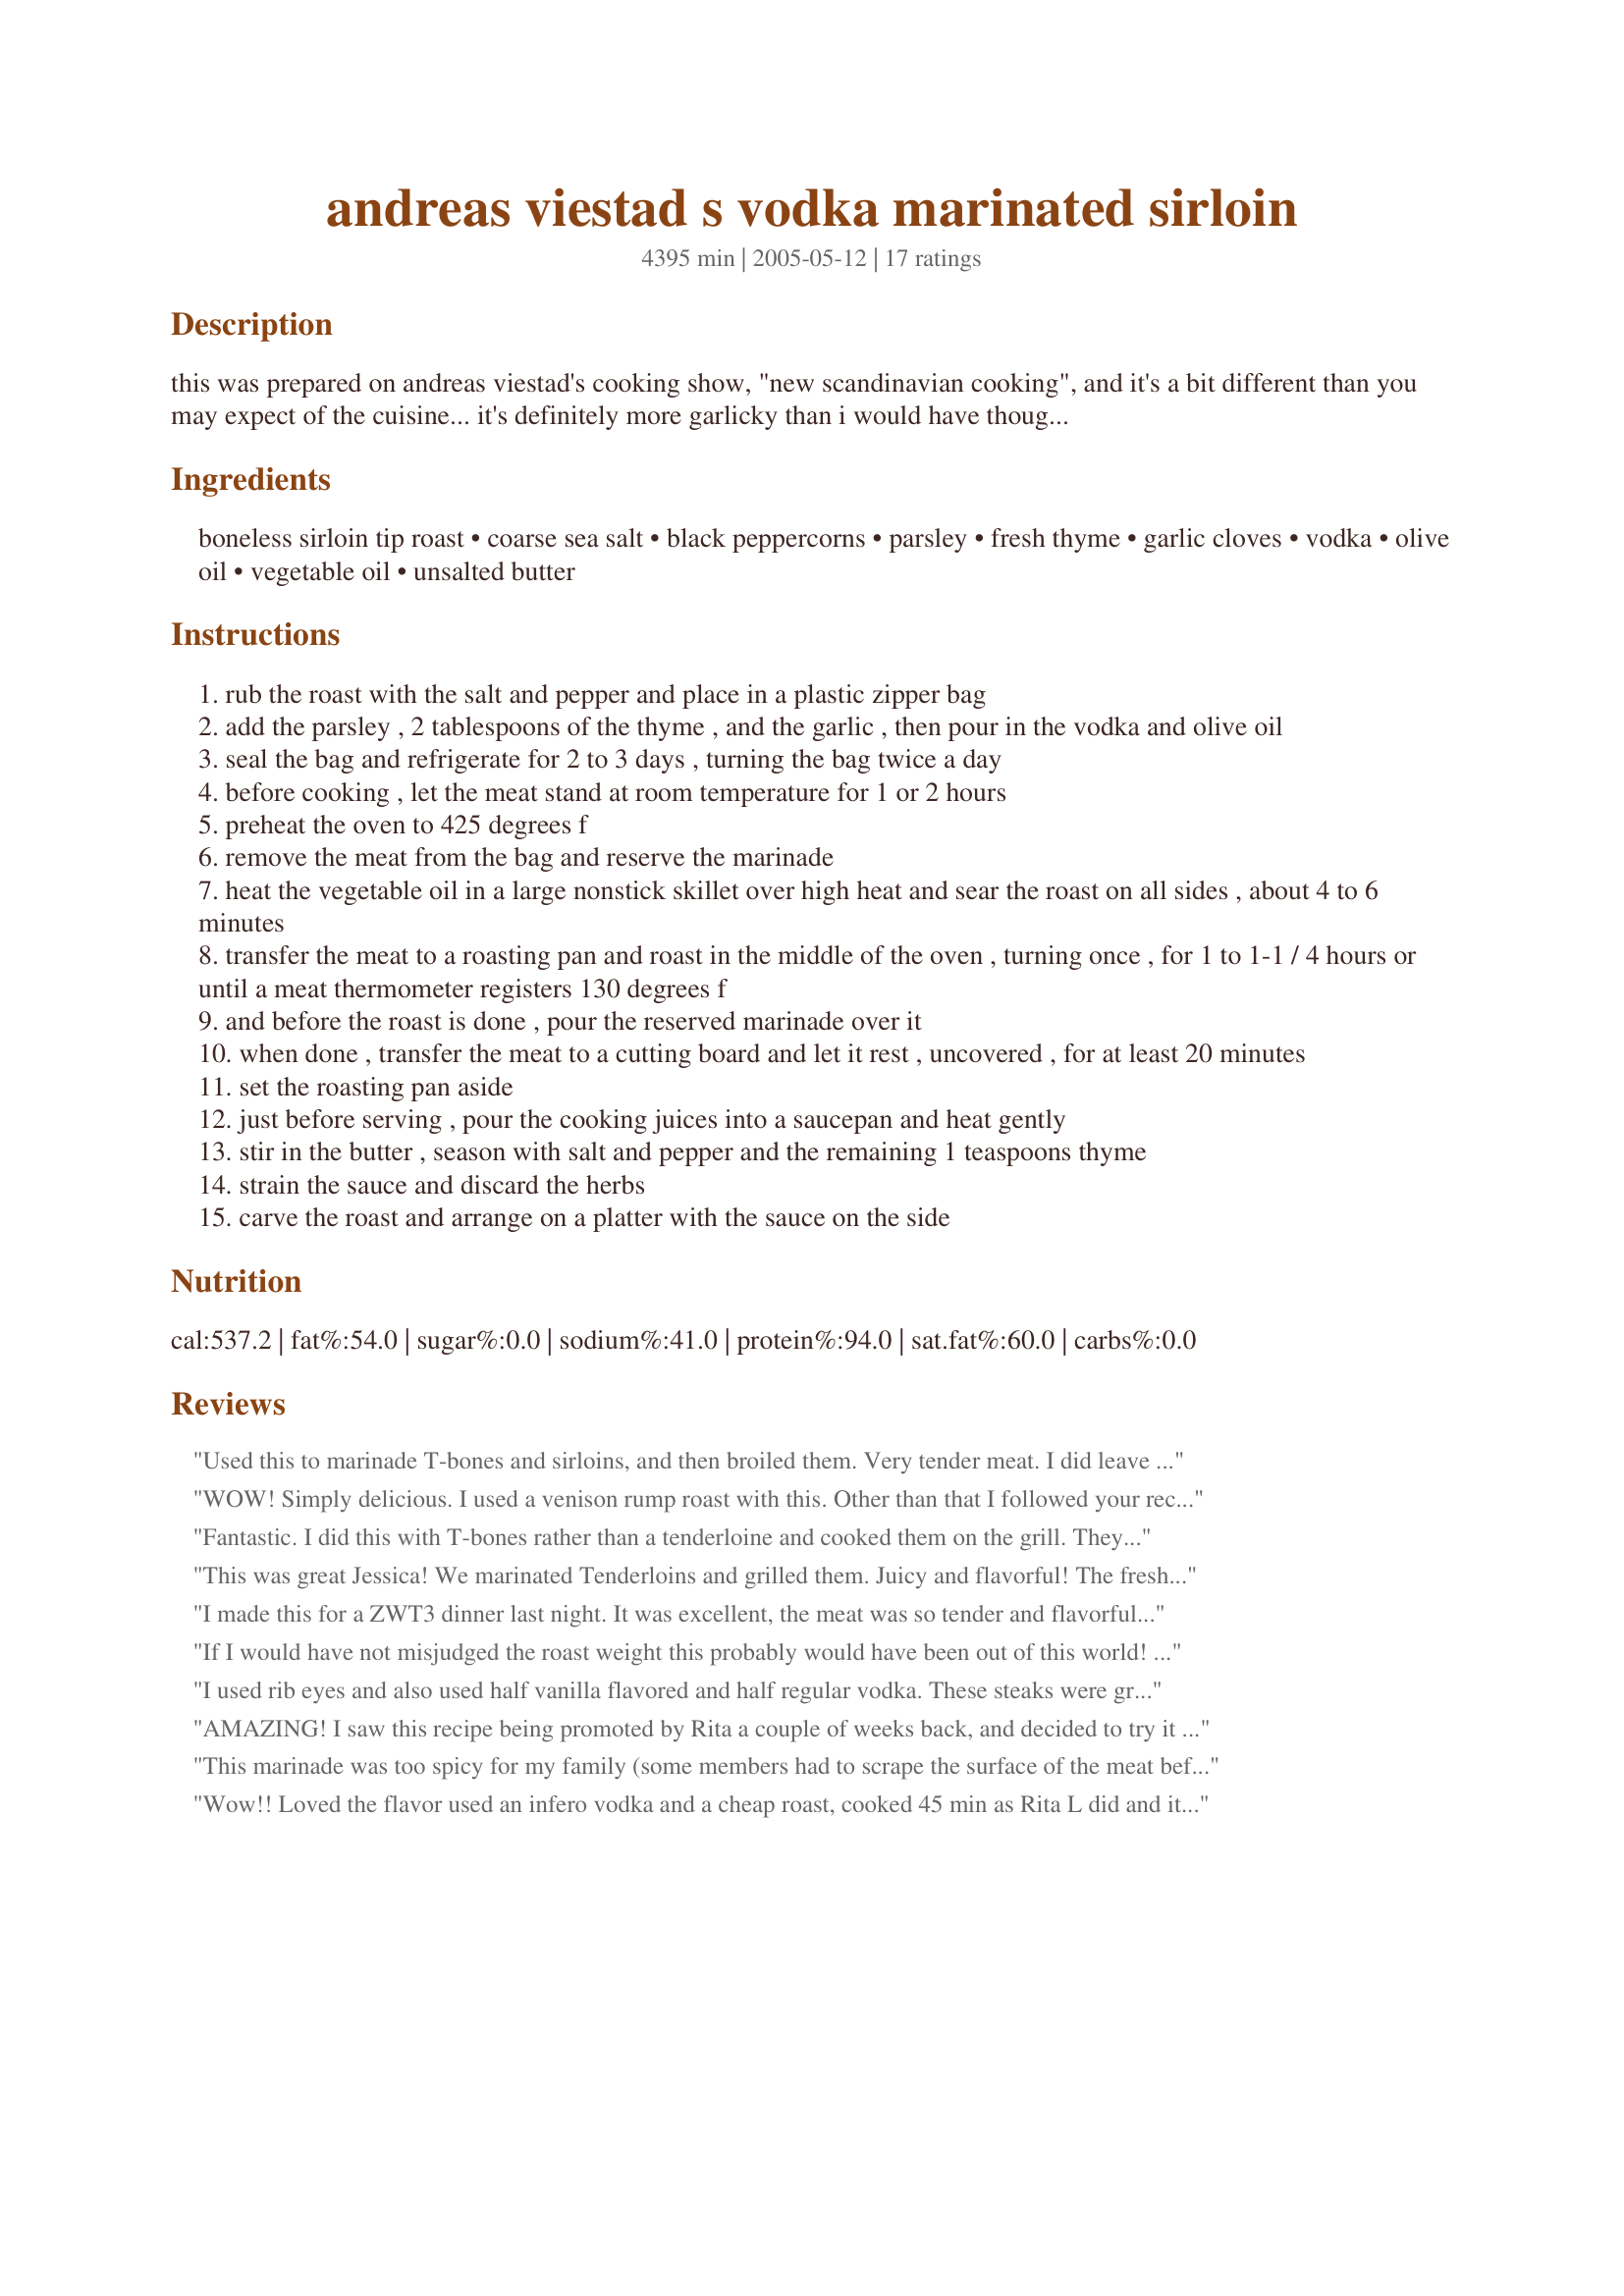
andreas viestad s vodka marinated sirloin
Preparation time: 4395 minutes

this was prepared on andreas viestad's cooking show, "new scandinavian cooking", and it's a bit different than you may expect of the cuisine... it's definitely more garlicky than i would have thought. and despite all the vodka, it's not boozy at all. in fact, i actually used aquavit in place of the vodka and it added even more interesting flavor. if you use a smaller roast, be sure to adjust the oven time accordingly; sirloin roast can go from perfect to too dry very quickly.

Ingredients:
boneless sirloin tip roast, coarse sea salt, black peppercorns, parsley, fresh thyme, garlic cloves, vodka, olive oil, vegetable oil, unsalted butter

Steps:
rub the roast with the salt and pepper and place in a plastic zipper bag
add the parsley , 2 tablespoons of the thyme , and the garlic , then pour in the vodka and olive oil
seal the bag and refrigerate for 2 to 3 days , turning the bag twice a day
before cooking , let the meat stand at room temperature for 1 or 2 hours
preheat the oven to 425 degrees f
remove the meat from the bag and reserve the marinade
heat the vegetable oil in a large nonstick skillet over high heat and sear the roast on all sides , about 4 to 6 minutes
transfer the meat to a roasting pan and roast in the middle of the oven , turning once , for 1 to 1-1 / 4 hours or until a meat thermometer registers 130 degrees f
and before the roast is done , pour the reserved marinade over it
when done , transfer the meat to a cutting board and let it rest , uncovered , for at least 20 minutes
set the roasting pan aside
just before serving , pour the cooking juices into a saucepan and heat gently
stir in the butter , season with salt and pepper and the remaining 1 teaspoons thyme
strain the sauce and discard the herbs
carve the roast and arrange on a platter with the sauce on the side

Reviews:
Used this to marinade T-bones and sirloins, and then broiled them. Very tender meat. I did leave out the rosemary - personal preference. Great recipe!
WOW! Simply delicious. I used a venison rump roast with this. Other than that I followed your recipe to a "T". Venison can be a bit dry, so when serving it, I sliced it thin and poured the sauce over it. Everyone loved it. This is definatly a keeper. I think I'll try some of the other ideas on here and use the marinade for steaks and grill them, next time. Thanks for a great recipe. :-)
Fantastic. I did this with T-bones rather than a tenderloine and cooked them on the grill. They were great. This tendorized the less tender side of the T-bone and the flavor was great. Thanks for posting.
This was great Jessica! We marinated Tenderloins and grilled them. Juicy and flavorful! The fresh herbs really stood out.

Nick's Mom
I made this for a ZWT3 dinner last night. It was excellent, the meat was so tender and flavorful. I used a ribeye steak and grilled it rather cooking it in oven. Thanks for great recipe.
If I would have not misjudged the roast weight this probably would have been out of this world! I cooked my just a little too long and still it was wonderful. Did not have fresh thyme, used dried thyme instead (half of what the receipe called for). Marinated over night. Turned out great. Cannot wait to try again.
I used rib eyes and also used half vanilla flavored and half regular vodka. These steaks were great. Next time I'll leave out the rosemary, but leave the remaining ingredients as written. Thanks for sharing.
AMAZING! I saw this recipe being promoted by Rita a couple of weeks back, and decided to try it out for my boyfriend's birthday dinner. I did change one thing, I followed the recipe for the marinade and sauce, but I didn't roast it in the oven. I used it as a marinade for some ribeye steaks. And I grilled them. They were amazing!! Everyone was raving about it. I can't wait to try it as a roast. I used vanilla vodka instead of normal vodka cos that was all I had. Served it with some buttered brocoli and mash patotoes. Best meal we had in a while. Thank you for making my boyfriend's birthday such a great one!
This marinade was too spicy for my family (some members had to scrape the surface of the meat before they could eat it. For us, next time I would reduce the amount of pepper by half, but leave the other ingredients the same. I cooked sliced mushrooms in the leftover marinade, and they were delicious.
Wow!! Loved the flavor used an infero vodka and a cheap roast, cooked 45 min as Rita L did and it turned out perfectly tender and tasty,thanks Linda.
I'm not the red meat eater so this review is per Dh. He appreciated the marinade flavor very much on his rib steak. I didn't make the finished sauce. The steaks were grilled over high heat and there was no problem with the fresh herbs burning.
 AWESOME! I knew this recipe was going to be outrageous!!! We loved it! I used a tenderloin and regular vodka and then added a shot of vanilla vodka cause after all it IS Scandinavian! Thank you Jessica!!! Update: I have made this recipe three times and each time it was outrageous! I think so far, the T-bones were the best!
OMG!!!! This was so mouth-watering delicious, I don't even know what to say....I marinated sirloin steaks and then we put them on the grill -- and the outcome is wonderful! These were the best steaks that any of us EVER tasted! It's a definite keeper in my house, and since I did not use any flavored vodka this time -- we have something to look forward to! Thank you SO MUCH for posting this awesome marinade!!!
I'm really looking forward to trying this recipe, just waiting for the right occasion! And thought I'd let everyone know that Vodka is very popular in Scandanavian countries, just as poplular as it is in Russia and throughout eastern Europe. Sweden, Norway, Denmark and Finland make some excellent vodka's! (my dad is a fancy liquor store owner so I just know this stuff)
This was yummy! I used a raspberry vodka which gave the roast a nice berry taste, although maybe a little overpowering. Next time I think I would try using 1/2 regular vodka and 1/2 flavored vodka for a more subtle flavor. The roast was tender and moist and my family devoured it. Thank you for sharing. I'm glad I chose to make this recipe for the Zaar World Tour 2006.
I made this substituting a little gin and little beer and it was awesome.
I used my Lavender Flavored Vodka Recipe #123614. Mine was roasted in 45 minutes and kept cooking as removed from oven as you can see in the pictures! It was tender and very flavorful!
